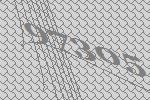
97305